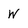
Character: W